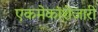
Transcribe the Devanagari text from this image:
एकमेकांशेजारी